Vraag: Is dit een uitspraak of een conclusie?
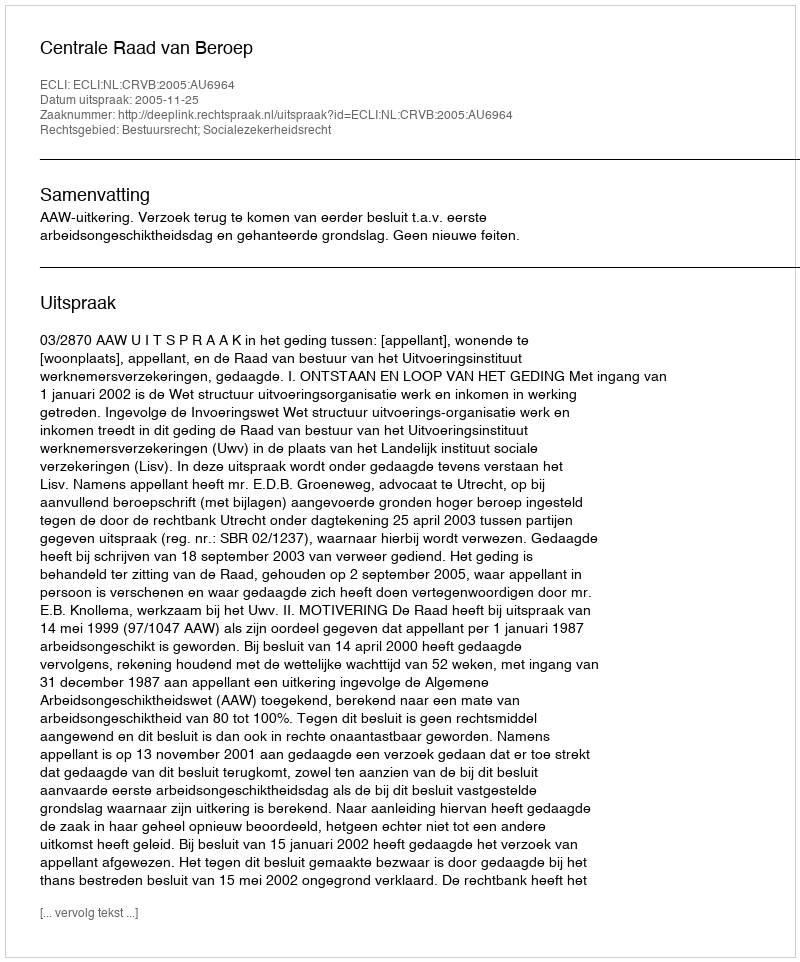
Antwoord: Uitspraak